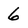
Character: 6